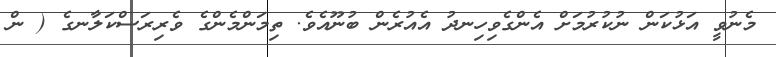
މެނުވީ އަޅުކަން ނުކުރުމަށް އެންގެވިހިނދު އެއުރެން ބުނޫއެވެ. ތިމަންމެންގެ ވެރިރަސްކަލާނގެ ( ން